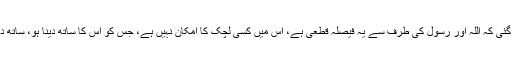
ان لوگوں پر اس اسلوب سے یہ حقیقت واضح کر دی گئی کہ اللہ اور رسول کی طرف سے یہ فیصلہ قطعی ہے، اس میں کسی لچک کا امکان نہیں ہے، جس کو اس کا ساتھ دینا ہو، ساتھ دے ورنہ اپنی راہ اور اپنی منزل کا خود فیصلہ کرے۔